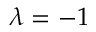
\lambda = - 1